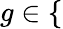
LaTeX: g\in\{